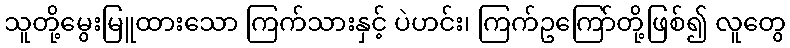
သူတို့မွေးမြူထားသော ကြက်သားနှင့် ပဲဟင်း၊ ကြက်ဥကြော်တို့ဖြစ်၍ လူတွေ